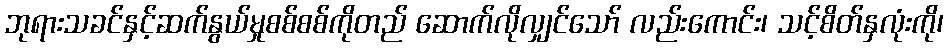
ဘုရားသခင်နှင့်ဆက်နွယ်မှုစစ်စစ်ကိုတည် ဆောက်လိုလျှင်သော် လည်းကောင်း၊ သင့်စိတ်နှလုံးကို၊